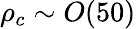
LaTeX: \rho_{c}\sim O(50)